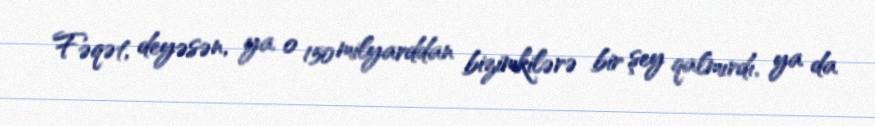
Fəqət, deyəsən, ya o 150 milyarddan bizimkilərə bir şey qalmırdı, ya da